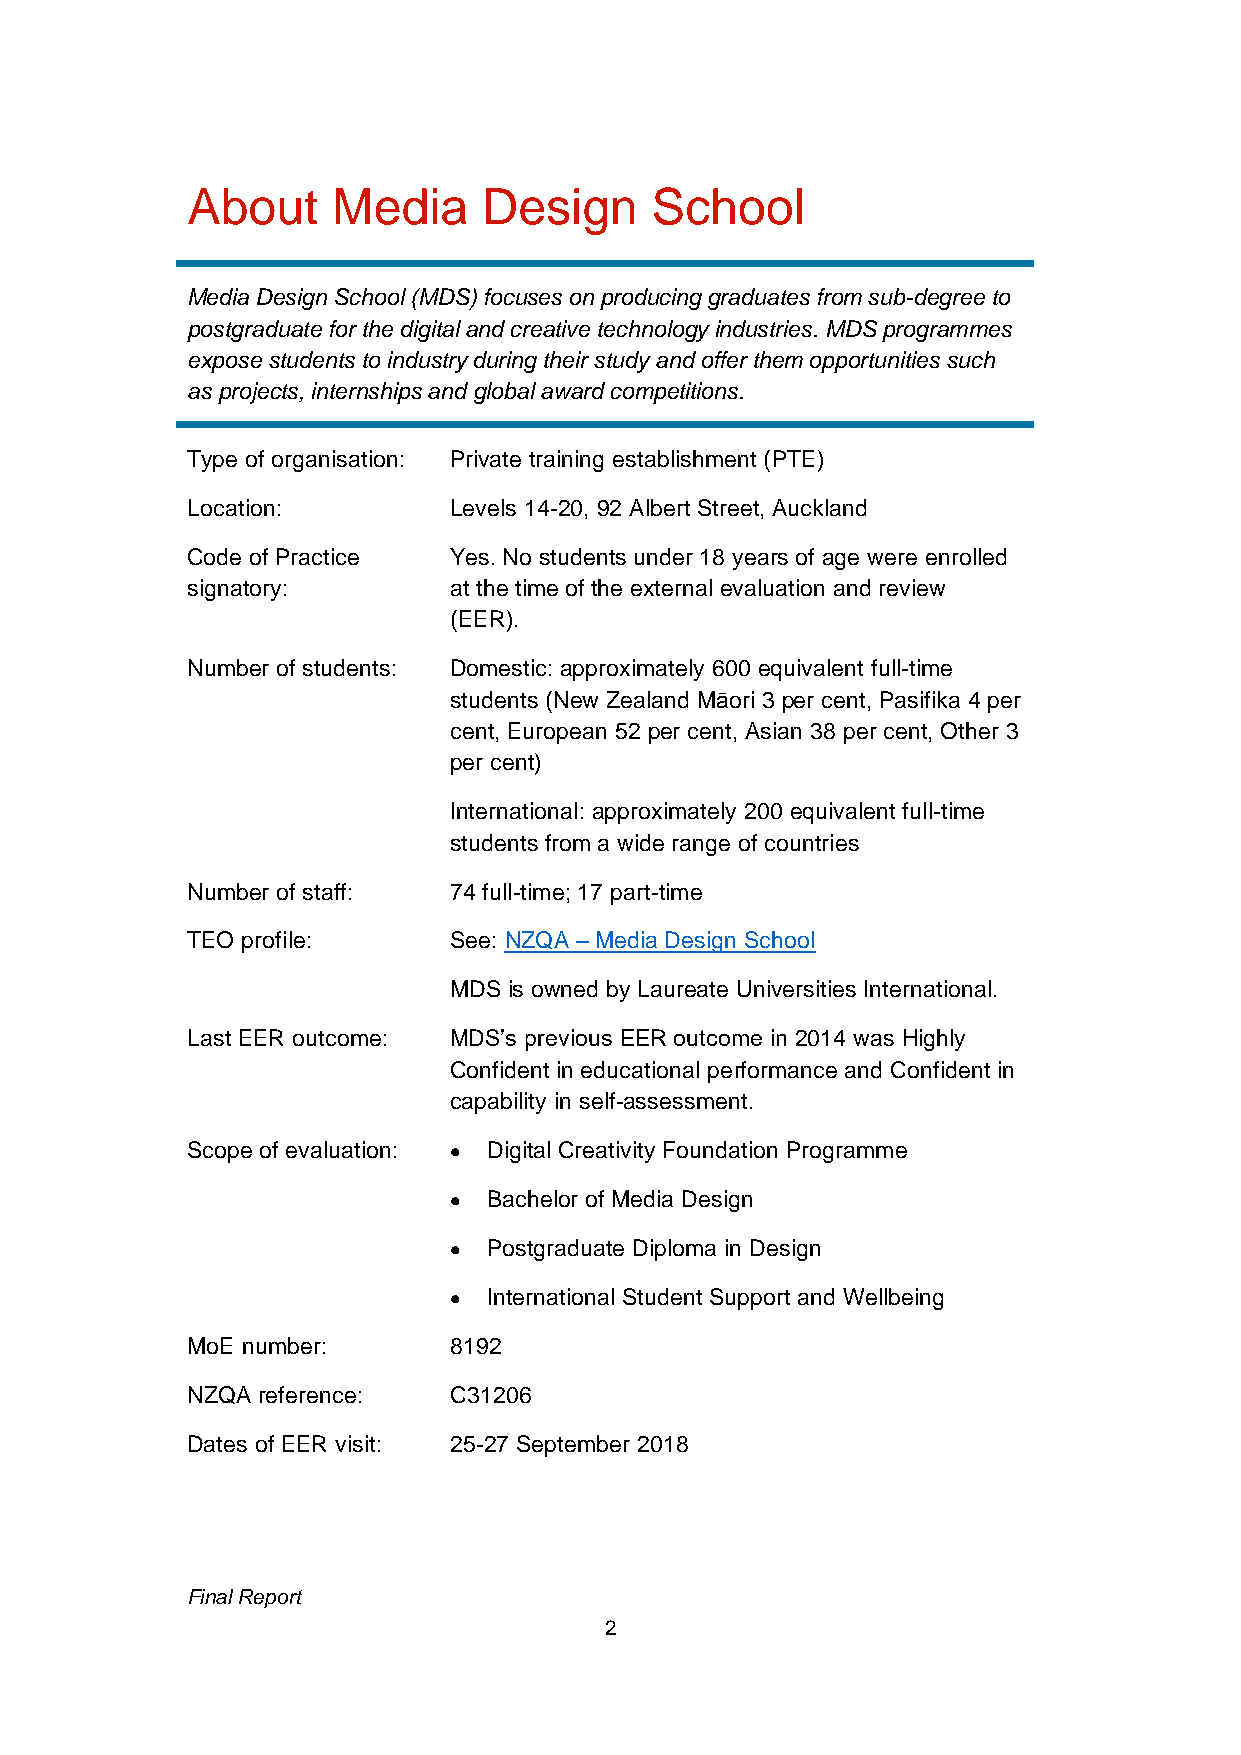
About     Media     Design     School
 Media Design School (MDS) focuses on producing graduates from sub-degree to
 postgraduate for the digital and creative technology industries. MDS programmes
 expose students to industry during their study and offer them opportunities such
 as projects, internships and global award competitions.
 Type of organisation: Private training establishment (PTE)
 Location:         Levels 14-20, 92 Albert Street, Auckland
 Code of Practice  Yes. No students under 18 years of age were enrolled
 signatory:        at the time of the external evaluation and review
 (EER).
 Number of students: Domestic: approximately 600 equivalent full-time
 students (New Zealand Māori 3 per cent, Pasifika 4 per
 cent, European 52 per cent, Asian 38 per cent, Other 3
 per cent)
 International: approximately 200 equivalent full-time
 students from a wide range of countries
 Number of staff:  74 full-time; 17 part-time
 TEO profile:      See: NZQA – Media Design School
 MDS is owned by Laureate Universities International.
 Last EER outcome: MDS’s previous EER outcome in 2014 was Highly
 Confident in educational performance and Confident in
 capability in self-assessment.
 Scope of evaluation: • Digital Creativity Foundation Programme
 • Bachelor of Media Design
 • Postgraduate Diploma in Design
 • International Student Support and Wellbeing
 MoE number:       8192
 NZQA reference:   C31206
 Dates of EER visit: 25-27 September 2018
 Final Report
 2